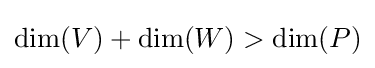
\dim(V)+\dim(W)>\dim(P)